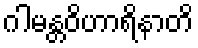
ဂါမန္တဝိဟာရိနာတိ